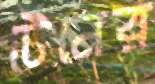
টেনের